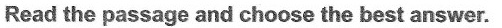
Read the passage and choose the best answer.